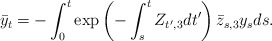
\begin{align*}\bar{y}_t = - \int_0^t \exp\left(-\int_s^t Z_{t',3}dt'\right)\bar{z}_{s,3}y_s ds.\end{align*}